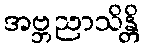
အဗ္ဘညာသိန္တိ